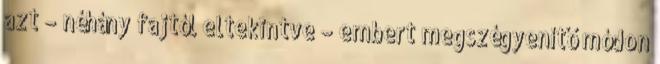
azt – néhány fajtól eltekintve – embert megszégyenítő módon